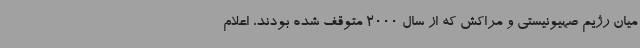
میان رژیم صهیونیستی و مراکش که از سال 2000 متوقف شده بودند، اعلام